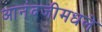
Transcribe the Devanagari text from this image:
आनंदजीमधले